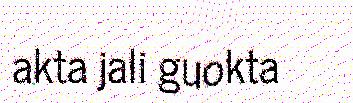
akta jali guokta